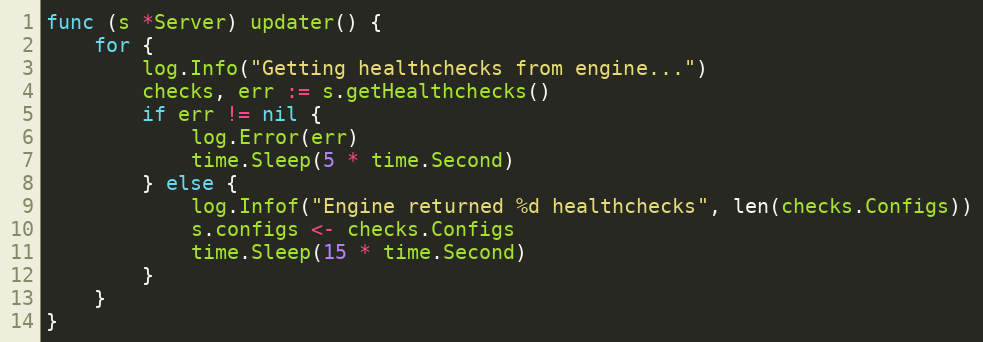
Language: Go
func (s *Server) updater() {
	for {
		log.Info("Getting healthchecks from engine...")
		checks, err := s.getHealthchecks()
		if err != nil {
			log.Error(err)
			time.Sleep(5 * time.Second)
		} else {
			log.Infof("Engine returned %d healthchecks", len(checks.Configs))
			s.configs <- checks.Configs
			time.Sleep(15 * time.Second)
		}
	}
}